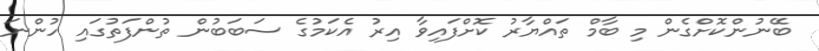
ބޭނުންކޮށްގެން މި ބާމް ތައްޔާރު ކޮށްފައިވާ އިރު އެކަމުގެ ސަބަބުން ތުންފަތުގައި ހުންނަ